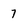
Character: 7